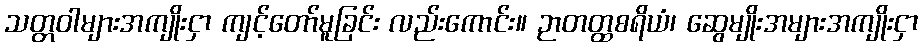
သတ္တဝါများအကျိုးငှာ ကျင့်တော်မူခြင်း လည်းကောင်း။ ဉာတတ္ထစရိယံ၊ ဆွေမျိုးအများအကျိုးငှာ